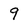
Character: 9